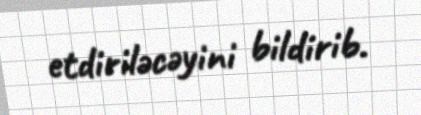
etdiriləcəyini bildirib.